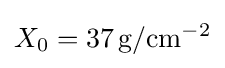
X_{0}=37\,{\text{g}}/{\text{cm}}^{-2}